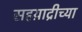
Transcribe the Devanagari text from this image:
सहय़ाद्रीच्या